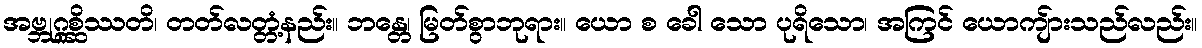
အဗ္ဘုဂ္ဂစ္ဆိဿတိ၊ တတ်လတ္တံ့နည်း။ ဘန္တေ၊ မြတ်စွာဘုရား။ ယော စ ခေါ သော ပုရိသော၊ အကြင် ယောကျ်ားသည်လည်း။